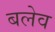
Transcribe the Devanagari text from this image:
बलेव